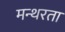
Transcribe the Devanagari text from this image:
मन्थरता